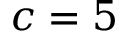
c = 5